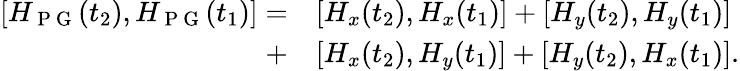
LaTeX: \begin{array}{rl}{[H_{\mathrm{~P~G~}}(t_{2}),H_{\mathrm{~P~G~}}(t_{1})]=}&{{}[H_{x}(t_{2}),H_{x}(t_{1})]+[H_{y}(t_{2}),H_{y}(t_{1})]}\\ {+}&{{}[H_{x}(t_{2}),H_{y}(t_{1})]+[H_{y}(t_{2}),H_{x}(t_{1})].}\end{array}